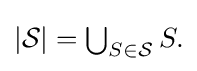
{\textstyle |{\mathcal {S}}|=\bigcup _{S\in {\mathcal {S}}}S.}